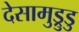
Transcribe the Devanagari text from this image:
देसामुड्रुडु